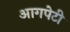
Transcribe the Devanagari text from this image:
आगपेटी